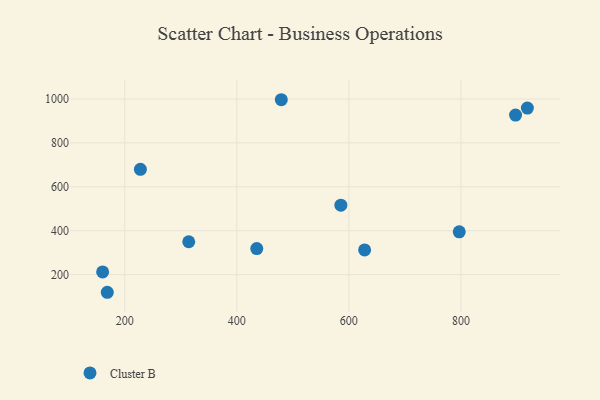
{"axis": {"x": "Ad Spend", "y": "Rating"}, "legend": ["Cluster B"], "data": [{"x": "918.6", "y": 958.5, "type": "Cluster B"}, {"x": "168.8", "y": 119.8, "type": "Cluster B"}, {"x": "479.4", "y": 996.5, "type": "Cluster B"}, {"x": "314.2", "y": 349.8, "type": "Cluster B"}, {"x": "160.5", "y": 212.3, "type": "Cluster B"}, {"x": "435.6", "y": 318.9, "type": "Cluster B"}, {"x": "628.1", "y": 312.8, "type": "Cluster B"}, {"x": "797.0", "y": 395.1, "type": "Cluster B"}, {"x": "897.5", "y": 926.8, "type": "Cluster B"}, {"x": "227.9", "y": 679.7, "type": "Cluster B"}, {"x": "585.7", "y": 516.6, "type": "Cluster B"}]}